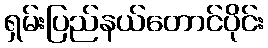
ရှမ်းပြည်နယ်တောင်ပိုင်း